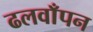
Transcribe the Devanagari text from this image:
ढलवाँपन